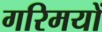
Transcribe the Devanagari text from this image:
गरिमयों